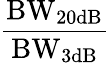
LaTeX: \mathrm{\frac{BW_{20dB}}{BW_{3dB}}}